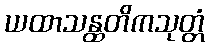
ယထာသန္ထတိကသုတ္တံ